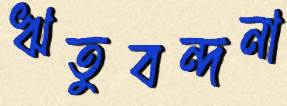
ঋতুবন্দনা